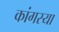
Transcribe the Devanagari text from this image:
कांगस्या